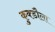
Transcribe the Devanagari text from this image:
कुक्डौला